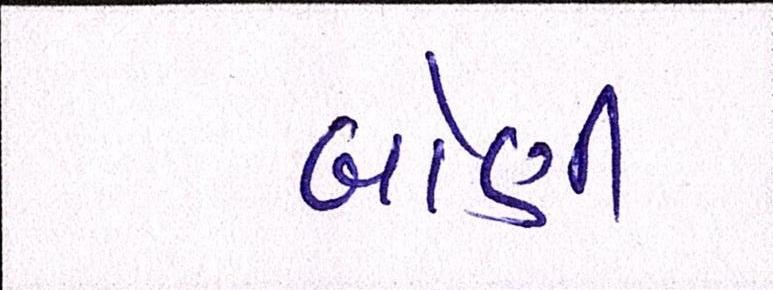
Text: બોણી